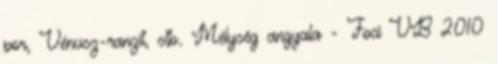
por, Vénusz-ranzit, stb. Mélység angyala - Foci VB 2010